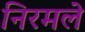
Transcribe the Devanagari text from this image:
निरमले